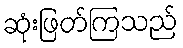
ဆုံးဖြတ်ကြသည်